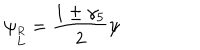
\psi _ { \stackrel { R } { L } } = { \frac { 1 \pm \gamma _ { 5 } } { 2 } } \psi